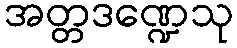
အတ္တဒဏ္ဍေသု